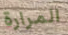
المرارة